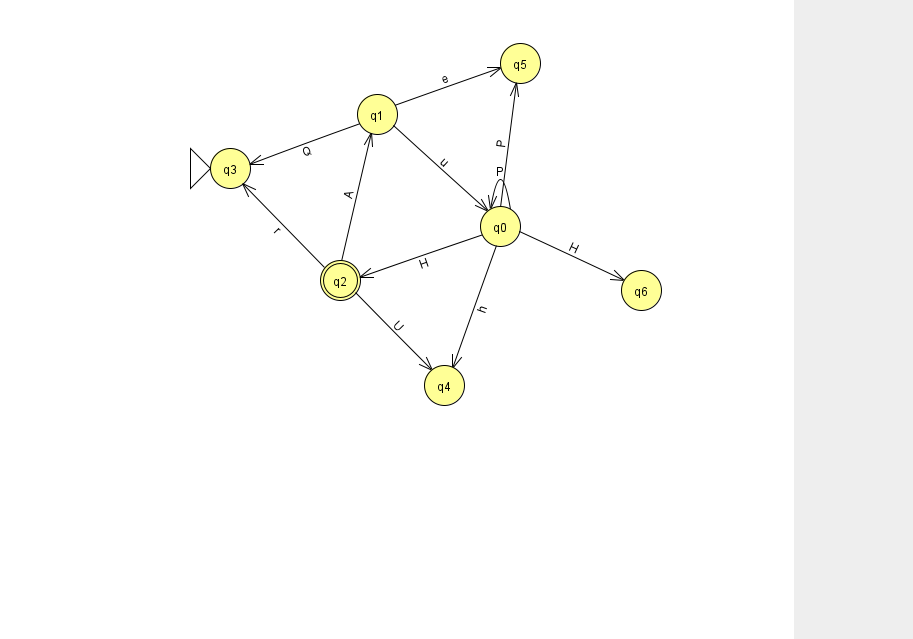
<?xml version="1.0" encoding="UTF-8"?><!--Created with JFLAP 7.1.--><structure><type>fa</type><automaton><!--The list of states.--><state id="0" name="q0"><x>500.0</x><y>213.0</y></state><state id="1" name="q1"><x>377.0</x><y>101.0</y></state><state id="2" name="q2"><x>340.0</x><y>267.0</y><final/></state><state id="3" name="q3"><x>230.0</x><y>155.0</y><initial/></state><state id="4" name="q4"><x>444.0</x><y>372.0</y></state><state id="5" name="q5"><x>520.0</x><y>50.0</y></state><state id="6" name="q6"><x>641.0</x><y>277.0</y></state><!--The list of transitions.--><transition><from>0</from><to>0</to><read>P</read></transition><transition><from>0</from><to>4</to><read>h</read></transition><transition><from>2</from><to>4</to><read>U</read></transition><transition><from>1</from><to>0</to><read>u</read></transition><transition><from>1</from><to>3</to><read>Q</read></transition><transition><from>0</from><to>2</to><read>H</read></transition><transition><from>1</from><to>5</to><read>e</read></transition><transition><from>2</from><to>3</to><read>r</read></transition><transition><from>0</from><to>6</to><read>H</read></transition><transition><from>0</from><to>5</to><read>P</read></transition><transition><from>2</from><to>1</to><read>A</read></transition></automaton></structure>